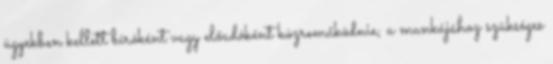
ügyekben kellett bíróként vagy előadóként közreműködnie; a munkájához szükséges